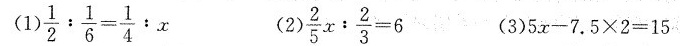
(1)$$\frac { 1 }{ 2 } : \frac { 1 }{ 6 } =